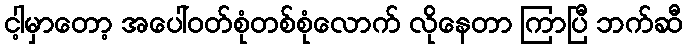
ငါ့မှာတော့ အပေါ်ဝတ်စုံတစ်စုံလောက် လိုနေတာ ကြာပြီ ဘက်ဆီ